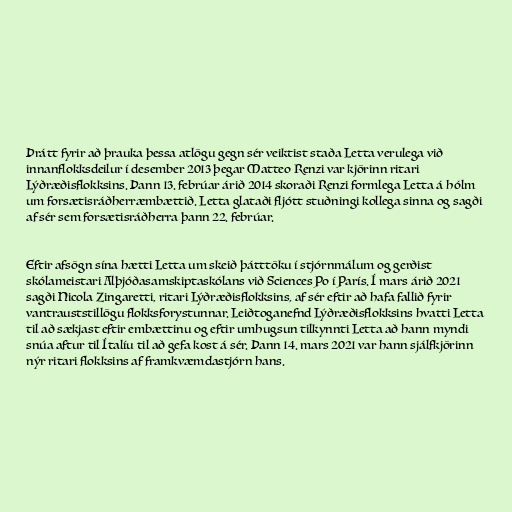
Þrátt fyrir að þrauka þessa atlögu gegn sér veiktist staða Letta verulega við
innanflokksdeilur í desember 2013 þegar Matteo Renzi var kjörinn ritari
Lýðræðisflokksins. Þann 13. febrúar árið 2014 skoraði Renzi formlega Letta á hólm
um forsætisráðherræmbættið. Letta glataði fljótt stuðningi kollega sinna og sagði
af sér sem forsætisráðherra þann 22. febrúar.

Eftir afsögn sína hætti Letta um skeið þátttöku í stjórnmálum og gerðist
skólameistari Alþjóðasamskiptaskólans við Sciences Po í París. Í mars árið 2021
sagði Nicola Zingaretti, ritari Lýðræðisflokksins, af sér eftir að hafa fallið fyrir
vantrauststillögu flokksforystunnar. Leiðtoganefnd Lýðræðisflokksins hvatti Letta
til að sækjast eftir embættinu og eftir umhugsun tilkynnti Letta að hann myndi
snúa aftur til Ítalíu til að gefa kost á sér. Þann 14. mars 2021 var hann sjálfkjörinn
nýr ritari flokksins af framkvæmdastjórn hans.